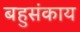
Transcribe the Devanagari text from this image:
बहुसंकाय